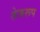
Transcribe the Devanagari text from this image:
तेजरूप